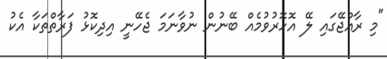
"މި ރާއްޖޭގައި ލޭ އޮހޮރުވުމެއް ބޭނުން ނުވާނަމަ ޖެހޭނީ އިދިކޮޅު ފަރާތްތަކާ އެކު